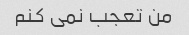
من تعجب نمی کنم